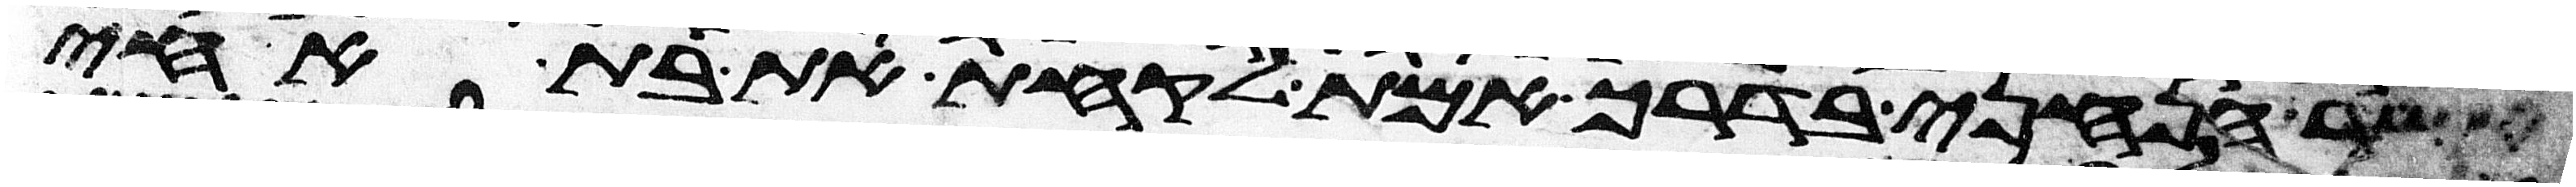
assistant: אשר הנחני בדרך אמת לקחת את בת אחי